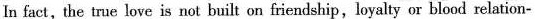
In fact, the true love is not built on friendship,loyalty or blood relation-